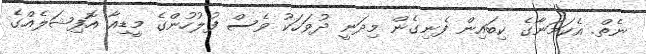
ނެތް. އެކަމަނާގެ ކިބައިން ފެނިގެން މިދަނީ ދުވަހަކު ވެސް ފުލުހުންގެ މީޑިއާ އޮފިޝަލެއްގެ